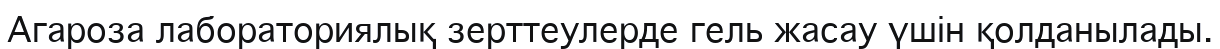
Агароза лабораториялық зерттеулерде гель жасау үшін қолданылады.